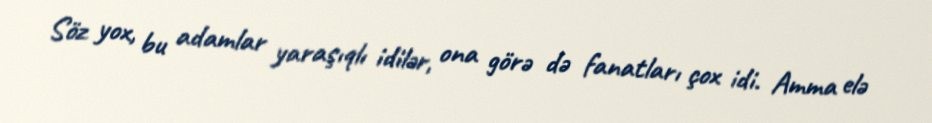
Söz yox, bu adamlar yaraşıqlı idilər, ona görə də fanatları çox idi. Amma elə